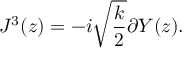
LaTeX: J ^ { 3 } ( z ) = - i \sqrt { \frac { k } { 2 } } \partial Y ( z ) .